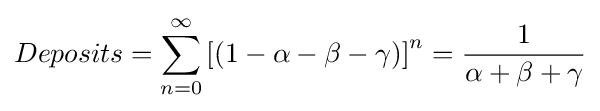
Deposits=\sum _{n=0}^{\infty }\left[\left(1-\alpha -\beta -\gamma \right)\right]^{n}={\frac {1}{\alpha +\beta +\gamma }}